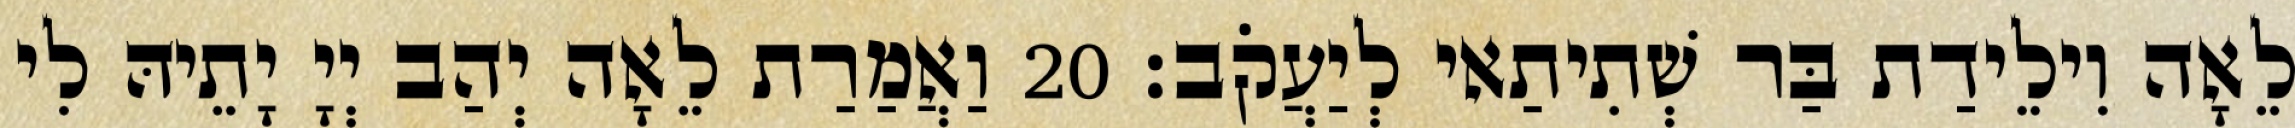
לֵאָה וִילֵידַת בַּר שְׁתִיתַאי לְיַעֲקֹב׃ 20 וַאֲמַרַת לֵאָה יְהַב יְיָ יָתֵיהּ לִי